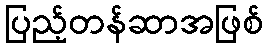
ပြည့်တန်ဆာအဖြစ်